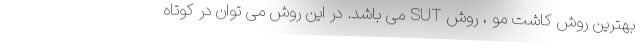
بهترین روش کاشت مو ، روش SUT می باشد. در این روش می توان در کوتاه